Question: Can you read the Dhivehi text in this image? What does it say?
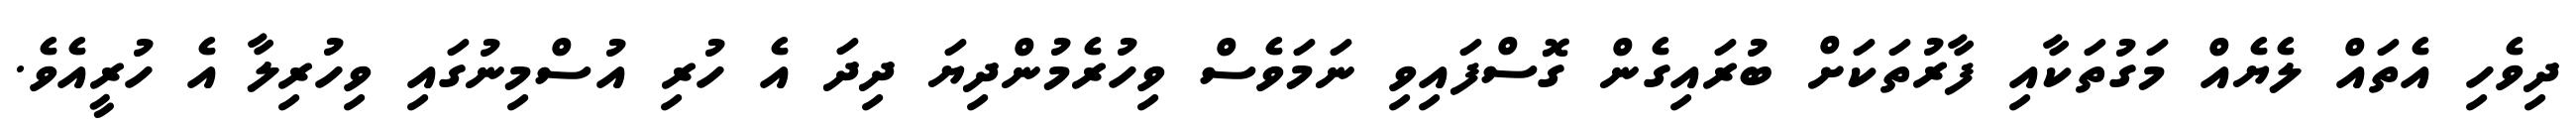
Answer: ދިވެހި އެތައް ލެޔެއް މަގުތަކާއި ފާރުތަކަށް ބުރައިގެން ގޮސްފައިވި ނަމަވެސް ވިހުރެމުންދިޔަ ދިދަ އެ ހުރި އުސްމިނުގައި ވިހުރިލާ އެ ހުރީއެވެ.